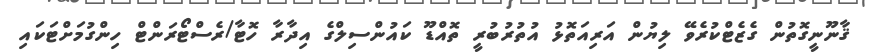
ޤާނޫނީގޮތުން ގެޒެޓްކުރެވޭ ލިޔުން އަރިއަތޮޅު އުތުރުބުރީ ތޮއްޑޫ ކައުންސިލްގެ އިދާރާ ހޮޓާ/ރެސްޓޯރަންޓް ހިންގުމަށްޓަކައި